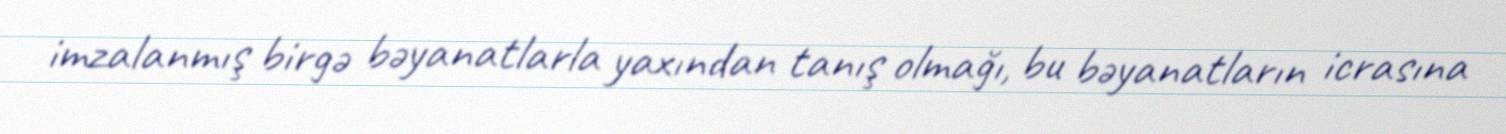
imzalanmış birgə bəyanatlarla yaxından tanış olmağı, bu bəyanatların icrasına